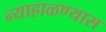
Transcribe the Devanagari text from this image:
न्याहाळण्यास